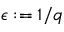
\epsilon : = 1 / q